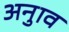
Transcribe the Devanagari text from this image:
अनुाव